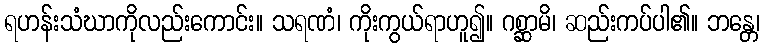
ရဟန်းသံဃာကိုလည်းကောင်း။ သရဏံ၊ ကိုးကွယ်ရာဟူ၍။ ဂစ္ဆာမိ၊ ဆည်းကပ်ပါ၏။ ဘန္တေ၊